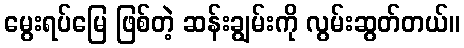
မွေးရပ်မြေ ဖြစ်တဲ့ ဆန်းချွမ်းကို လွမ်းဆွတ်တယ်။